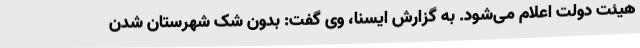
هیئت دولت اعلام می‌شود. به گزارش ایسنا، وی گفت: بدون شک شهرستان شدن